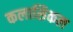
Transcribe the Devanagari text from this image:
कलासिकल